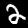
Digit: 2